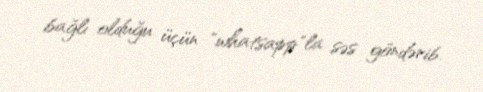
bağlı olduğu üçün "whatsapp"la səs göndərib.